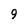
Character: 9